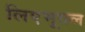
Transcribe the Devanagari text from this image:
लिएभूतल